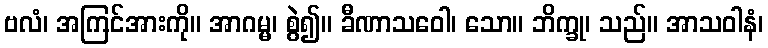
ဗလံ၊ အကြင်အားကို။ အာဂမ္မ၊ စွဲ၍။ ခီဏာသဝေါ၊ သော။ ဘိက္ခု၊ သည်။ အာသဝါနံ၊